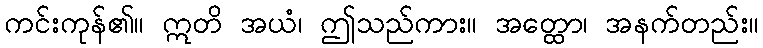
ကင်းကုန်၏။ ဣတိ အယံ၊ ဤသည်ကား။ အတ္ထော၊ အနက်တည်း။